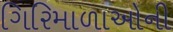
ગિરિમાળાઓની